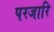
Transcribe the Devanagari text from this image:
परजारि